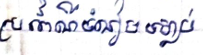
ប្រពៃណីទំនៀមទម្លាប់